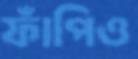
ফাঁপিও